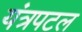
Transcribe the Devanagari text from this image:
यंत्रपटल